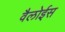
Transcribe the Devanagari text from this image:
वैलोईस